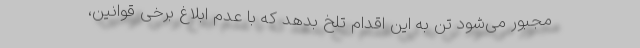
مجبور می‌شود تن به این اقدام تلخ بدهد که با عدم ابلاغ برخی قوانین،